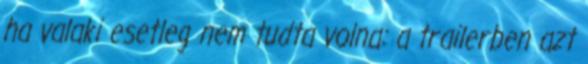
ha valaki esetleg nem tudta volna: a trailerben azt